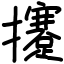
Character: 攓